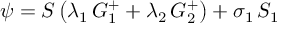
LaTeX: \psi = S \left( \lambda _ { 1 } \, G _ { 1 } ^ { + } + \lambda _ { 2 } \, G _ { 2 } ^ { + } \right) + \sigma _ { 1 } \, S _ { 1 }